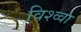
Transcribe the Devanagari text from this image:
विश्व्वा